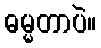
ဓမ္မတာပဲ။